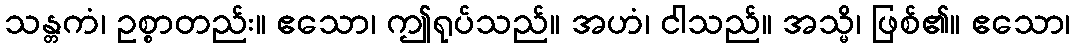
သန္တကံ၊ ဥစ္စာတည်း။ ဧသော၊ ဤရုပ်သည်။ အဟံ၊ ငါသည်။ အသ္မိ၊ ဖြစ်၏။ ဧသော၊